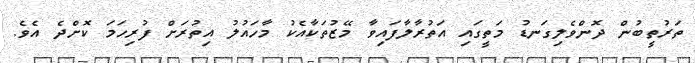
ތަރުތީބުން ދޮންވެލިގަނޑު މަތީގައި އަތުރާލާފައިވާ މޭޒުތަކާއެކު މާހައުލު އިތުރަށް ފުރިހަމަ ކޮށްދެ އެވެ.